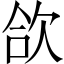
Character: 欱